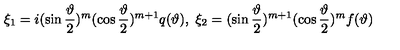
\quad \xi _ { 1 } = i ( \sin \frac \vartheta 2 ) ^ { m } ( \cos \frac \vartheta 2 ) ^ { m + 1 } q ( \vartheta ) , \ \xi _ { 2 } = ( \sin \frac \vartheta 2 ) ^ { m + 1 } ( \cos \frac \vartheta 2 ) ^ { m } f ( \vartheta )